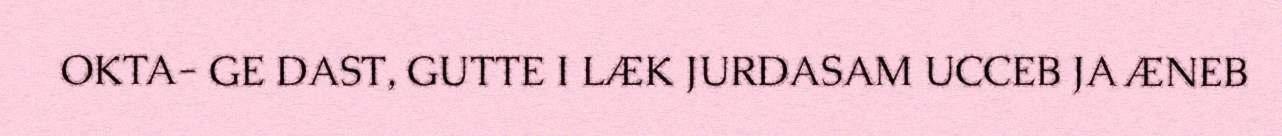
OKTA- GE DAST, GUTTE I LÆK JURDASAM UCCEB JA ÆNEB